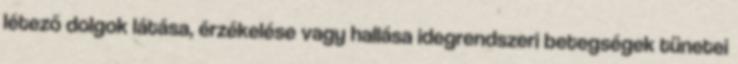
létező dolgok látása, érzékelése vagy hallása idegrendszeri betegségek tünetei